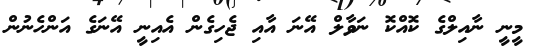
މީނީ ނާއިލްގެ ކޮއްކޮ ނަވާލް އޭނަ އާއި ޖެހިގެން އެއިނީ އޭނަގެ އަންހެނުން